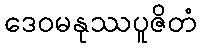
ဒေဝမနုဿပူဇိတံ